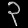
Digit: ၃